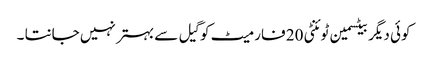
کوئی دیگر بیٹسمین ٹوئنٹی 20 فارمیٹ کو گیل سے بہتر نہیں جانتا ۔